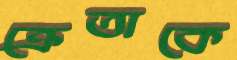
ক্রেতাকে